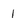
Character: 1